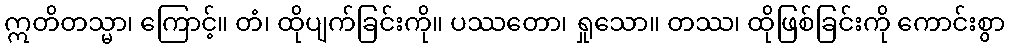
ဣတိတသ္မာ၊ ကြောင့်။ တံ၊ ထိုပျက်ခြင်းကို။ ပဿတော၊ ရှုသော။ တဿ၊ ထိုဖြစ်ခြင်းကို ကောင်းစွာ